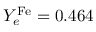
Y _ { e } ^ { \mathrm { F e } } = 0 . 4 6 4